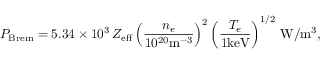
P _ { \mathrm { B r e m } } = 5 . 3 4 \times 1 0 ^ { 3 } \, Z _ { \mathrm { e f f } } \left( \frac { n _ { e } } { 1 0 ^ { 2 0 } \mathrm { m } ^ { - 3 } } \right) ^ { 2 } \left( \frac { T _ { e } } { 1 \mathrm { k e V } } \right) ^ { 1 / 2 } \, \mathrm { W } / \mathrm { m } ^ { 3 } ,